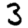
Digit: 3